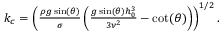
\begin{array} { r } { k _ { c } = \left( \frac { \rho g \sin ( \theta ) } { \sigma } \left( \frac { g \sin ( \theta ) h _ { 0 } ^ { 3 } } { 3 \nu ^ { 2 } } - \cot ( \theta ) \right) \right) ^ { 1 / 2 } . } \end{array}